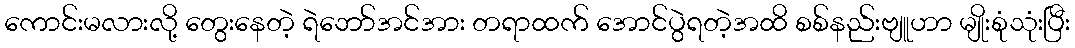
ကောင်းမလားလို့ တွေးနေတဲ့ ရဲဘော်အင်အား တရာထက် အောင်ပွဲရတဲ့အထိ စစ်နည်းဗျူဟာ မျိုးစုံသုံးပြီး